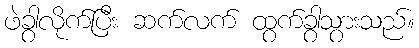
ဖဲခွာလိုက်ပြီး ဆက်လက် ထွက်ခွာသွားသည်။